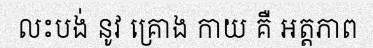
លះបង់ នូវ គ្រោង កាយ គឺ អត្តភាព